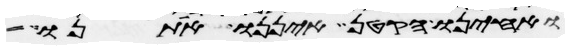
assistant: ואחינו הקטן איננו אתנו